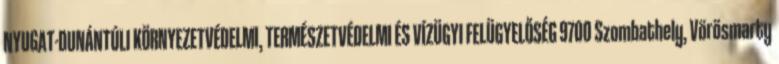
NYUGAT-DUNÁNTÚLI KÖRNYEZETVÉDELMI, TERMÉSZETVÉDELMI ÉS VÍZÜGYI FELÜGYELŐSÉG 9700 Szombathely, Vörösmarty